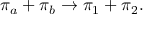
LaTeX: \pi _ { a } + \pi _ { b } \rightarrow \pi _ { 1 } + \pi _ { 2 } .